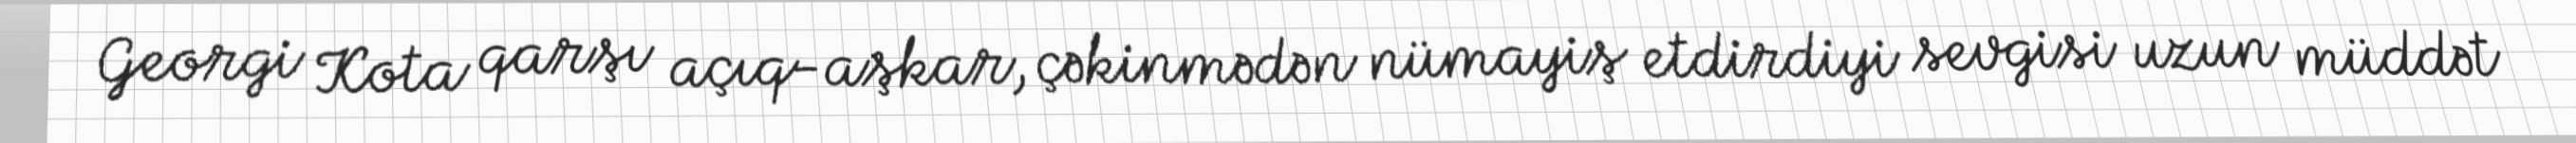
Georgi Kota qarşı açıq-aşkar, çəkinmədən nümayiş etdirdiyi sevgisi uzun müddət